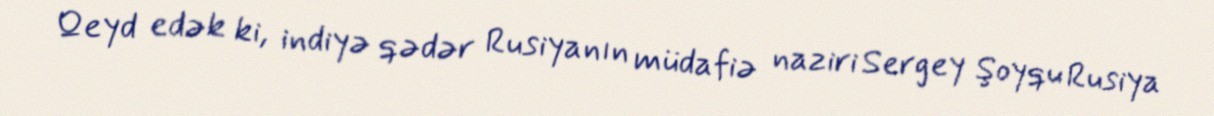
Qeyd edək ki, indiyə qədər Rusiyanın müdafiə naziri Sergey Şoyqu Rusiya